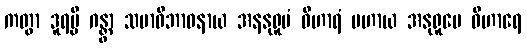
ကတွာ ဒူရမ္ပိ ဂန္တွာ သမာဓိဘာဝနာယ အနနုရူပံ ဝိဟာရံ ပဟာယ အနုရူပေ ဝိဟာရေ